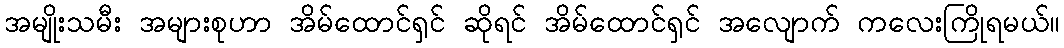
အမျိုးသမီး အများစုဟာ အိမ်ထောင်ရှင် ဆိုရင် အိမ်ထောင်ရှင် အလျောက် ကလေးကြိုရမယ်။